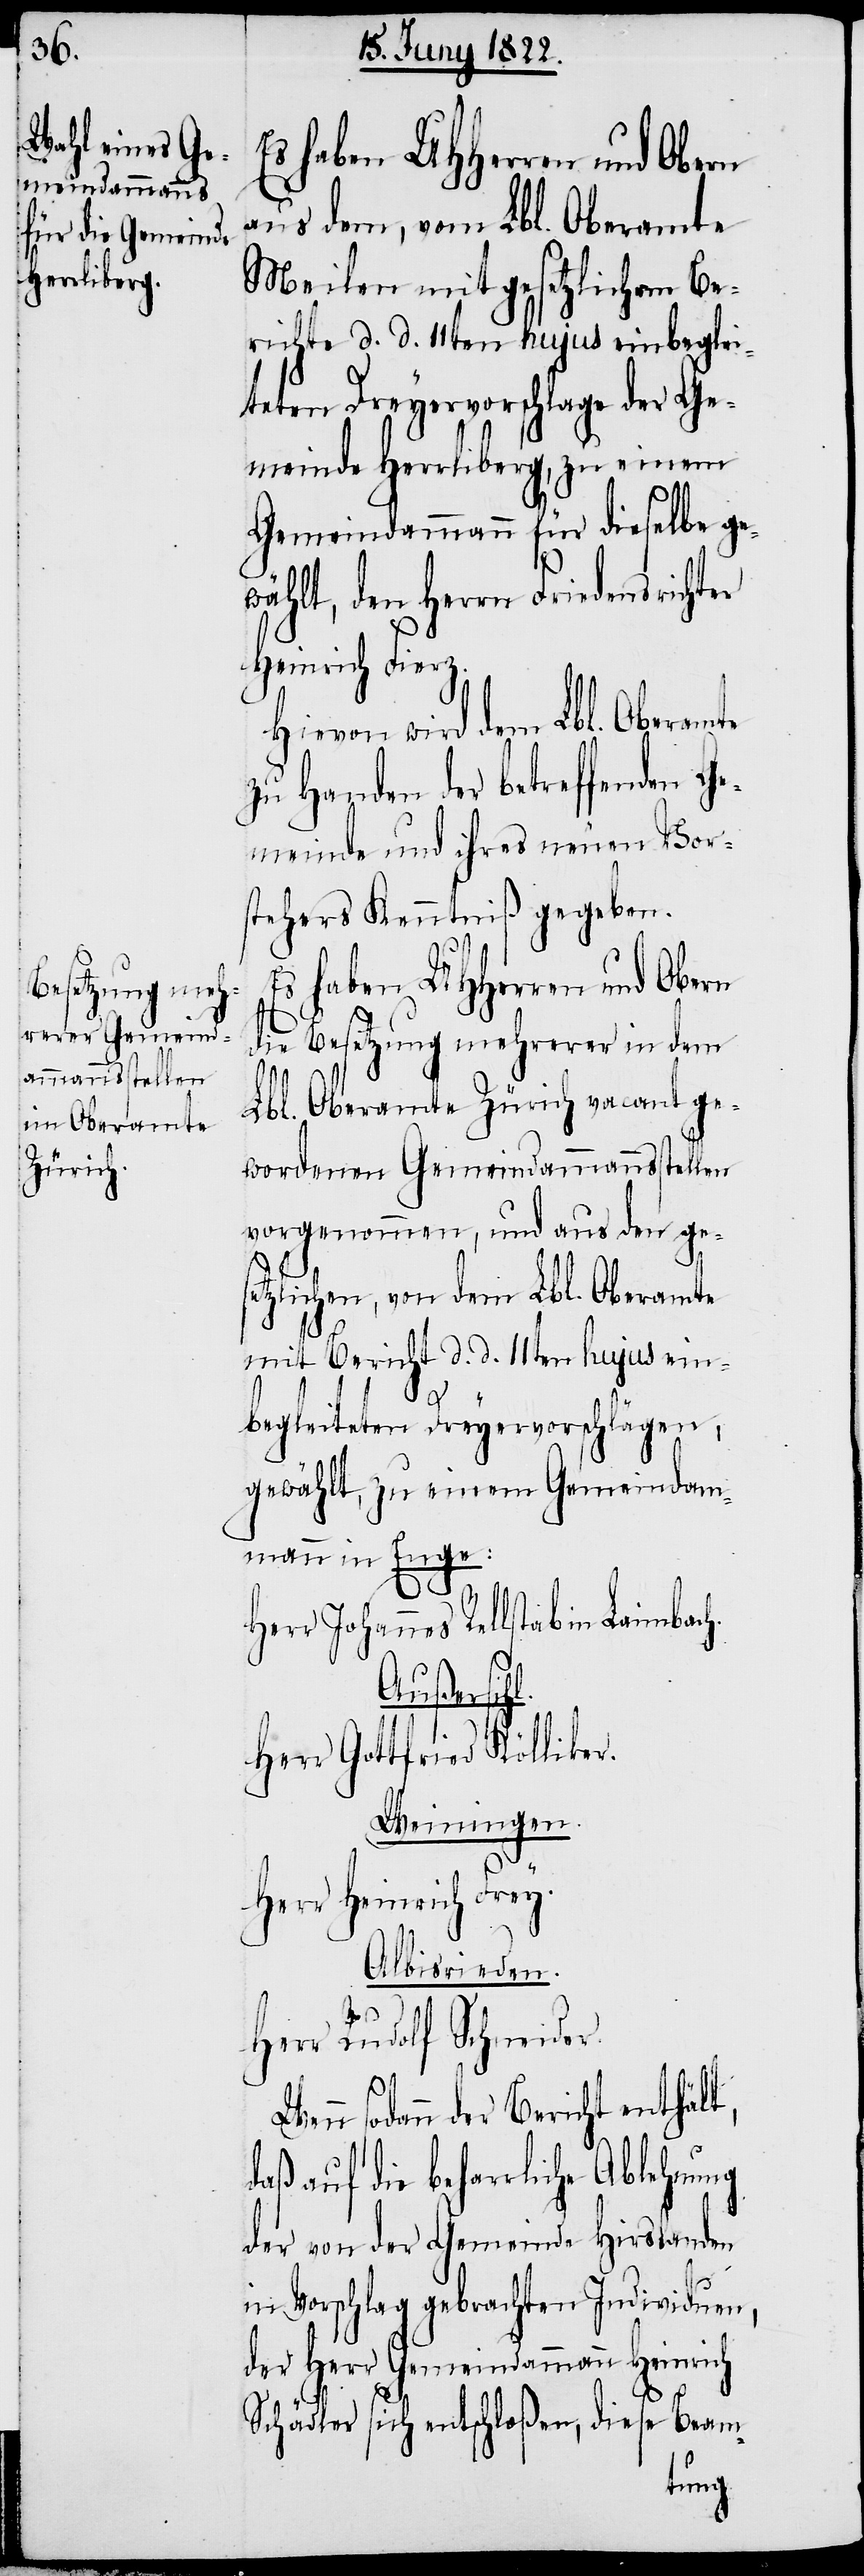
Es haben UHHerren und Obern
aus dem, vom Lbl. Oberamte
Meilen mit gesetzlichem Be¬
richte d. d. 11ten hujus einbeglei¬
teten Dreyervorschlage der Ge¬
meinde Herrliberg, zu einem
Gemeindammann für dieselbe ge¬
en,
wählt, den Herrn Friedensrichter
Heinrich Fierz.
Hievon wird dem Lbl. Oberamte
zu Handen der betreffenden Ge¬
meinde und ihres neuen Vor¬
stehers Kenntniß gegeben.
Es haben UHHerren und Obern
die Besetzung mehrerer in den
Lbl. Oberamte Zürich vacant ge¬
wordenen Gemeindsammannsstellen
vorgenommen, und aus den gese¬
tzlichen, von dem Lbl. Oberamte
mit Bericht d. d. 11ten hujus ein¬
begleiteten Dreyervorschläg¬
gewählt, zu einem Gemeindam¬
mann in Enge:
Herr Johannes Rellstab in La¬
Außersihl
Herr Gottfried Kölliker.
Weiningen.
Herr Heinrich Frey.
Albisrieden.
Herr Rudolf Schneider.
sodann der Bericht enthält,
daß auf die beharrliche Ablehnung
der von der Gemeinde Hirslanden
in Vorschlag gebrachten Individuen,
der Herr Gemeindammann Heinrich
Schädler sich entschloßen, diese Beam-